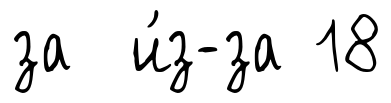
за и́з-за 18